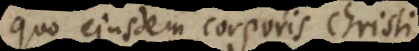
quo ejusdem corporis Christi